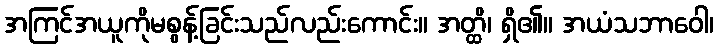
အကြင်အယူကိုမစွန့်ခြင်းသည်လည်းကောင်း။ အတ္ထိ၊ ရှိ၏။ အယံသဘာဝေါ၊